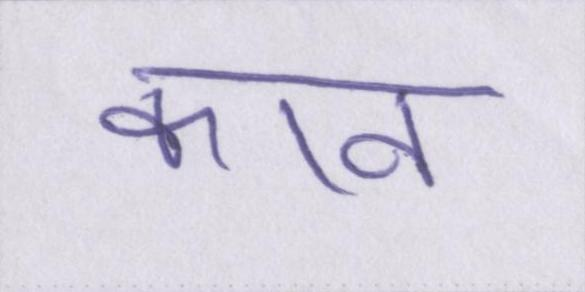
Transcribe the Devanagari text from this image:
कान